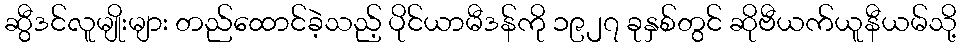
ဆွီဒင်လူမျိုးများ တည်ထောင်ခဲ့သည့် ပိုင်ယာမီဒန်ကို ၁၉၂၇ ခုနှစ်တွင် ဆိုဗီယက်ယူနီယမ်သို့